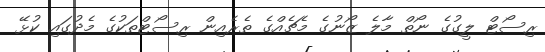
ރިސޯޓް ލީގުގެ ނޯތް މާލެ ޒޯނުގެ މެޗެއްގެ ތެރެއިން ރިސޯޓްތަކުގެ މެދުގައި ކުޅޭ